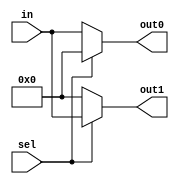
// GNU General Public License
//
// Copyright : (c) 2023 Javier Beiro Pin
//           : (c) 2023 Beatriz Navidad Vilches
//           : (c) 2023 Stefano Petrilli
//
// This file is part of Abejaruco <https:// github.com/Beanavil/Abejaruco>.
//
// Abejaruco is free software: you can redistribute it and/or modify it under
// the terms of the GNU General Public License as published by the Free
// Software Foundation, either version 3 of the License, or (at your option)
// any later version.
//
// Abejaruco is distributed in the hope that it will be useful, but WITHOUT ANY
// WARRANTY; without even the implied warranty of MERCHANTABILITY or FITNESS
// FOR A PARTICULAR PURPOSE. See the GNU General Public License for more details.
//
// You should have received a copy of the GNU General Public License
// along with Abejaruco placed on the LICENSE.md file of the root folder.
// If not, see <https:// www.gnu.org/licenses/>.

module Demux1to2 #(
    parameter N = 32          // Default bit width
  )(
    input [N-1:0] in,
    input sel,
    output reg [N-1:0] out0,
    output reg [N-1:0] out1
  );

  // Always block to update outputs based on selection
  always @(in or sel)
  begin
    if (sel == 1'b0)
    begin
      out0 = in;           // Route input to out0
      out1 = {N{1'b0}};    // Set out1 to 0 (N bits)
    end
    else
    begin
      out0 = {N{1'b0}};    // Set out0 to 0 (N bits)
      out1 = in;           // Route input to out1
    end
  end

endmodule